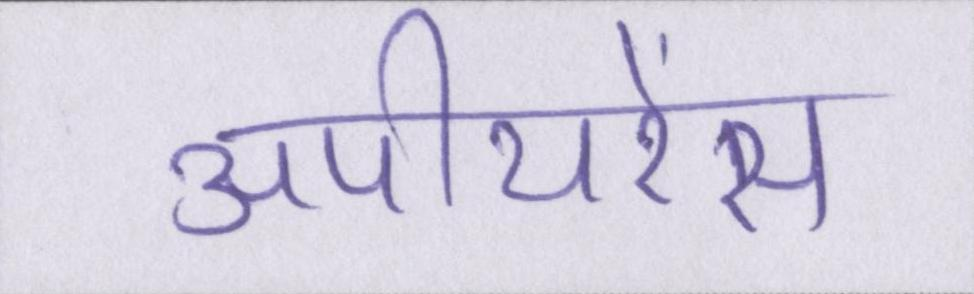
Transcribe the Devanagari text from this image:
अपीयरेंस